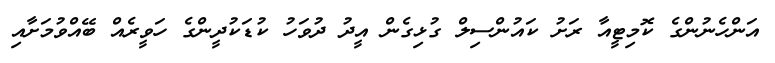
އަންހެނުންގެ ކޮމިޓީއާ ރަށު ކައުންސިލް ގުޅިގެން އީދު ދުވަހު ކުޑަކުދީންގެ ހަވީރެއް ބޭއްވުމަށާއި